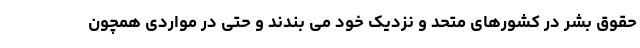
حقوق بشر در کشورهای متحد و نزدیک خود می بندند و حتی در مواردی همچون